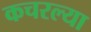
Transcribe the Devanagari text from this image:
कचरल्या